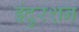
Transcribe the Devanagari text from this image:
इंदुरशन